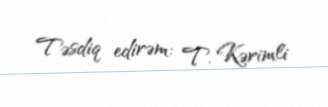
Təsdiq edirəm: T. Kərimli